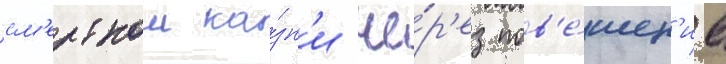
см'ертнои ка́зн'и че́р'ез пов'е́шен'ие